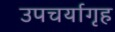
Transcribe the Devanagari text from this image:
उपचर्यागृह